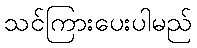
သင်ကြားပေးပါမည်